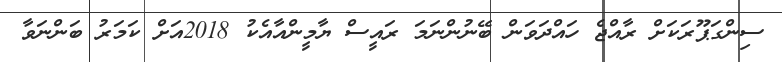
ސިންގަޕޫރަކަށް ރާއްޖެ ހައްދަވަން ބޭނުންނަމަ ރައީސް ޔާމީންއާއެކު 2018އަށް ކަމަރު ބަންނަވާ